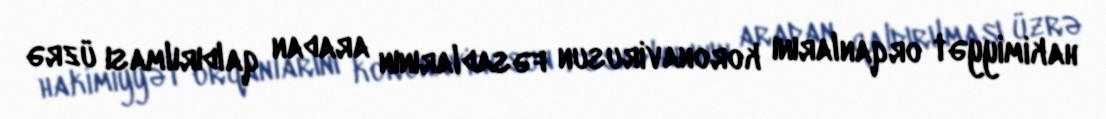
hakimiyyət orqanlarını koronavirusun fəsadlarının aradan qaldırılması üzrə